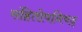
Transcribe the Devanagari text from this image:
संहितोपनिषद्